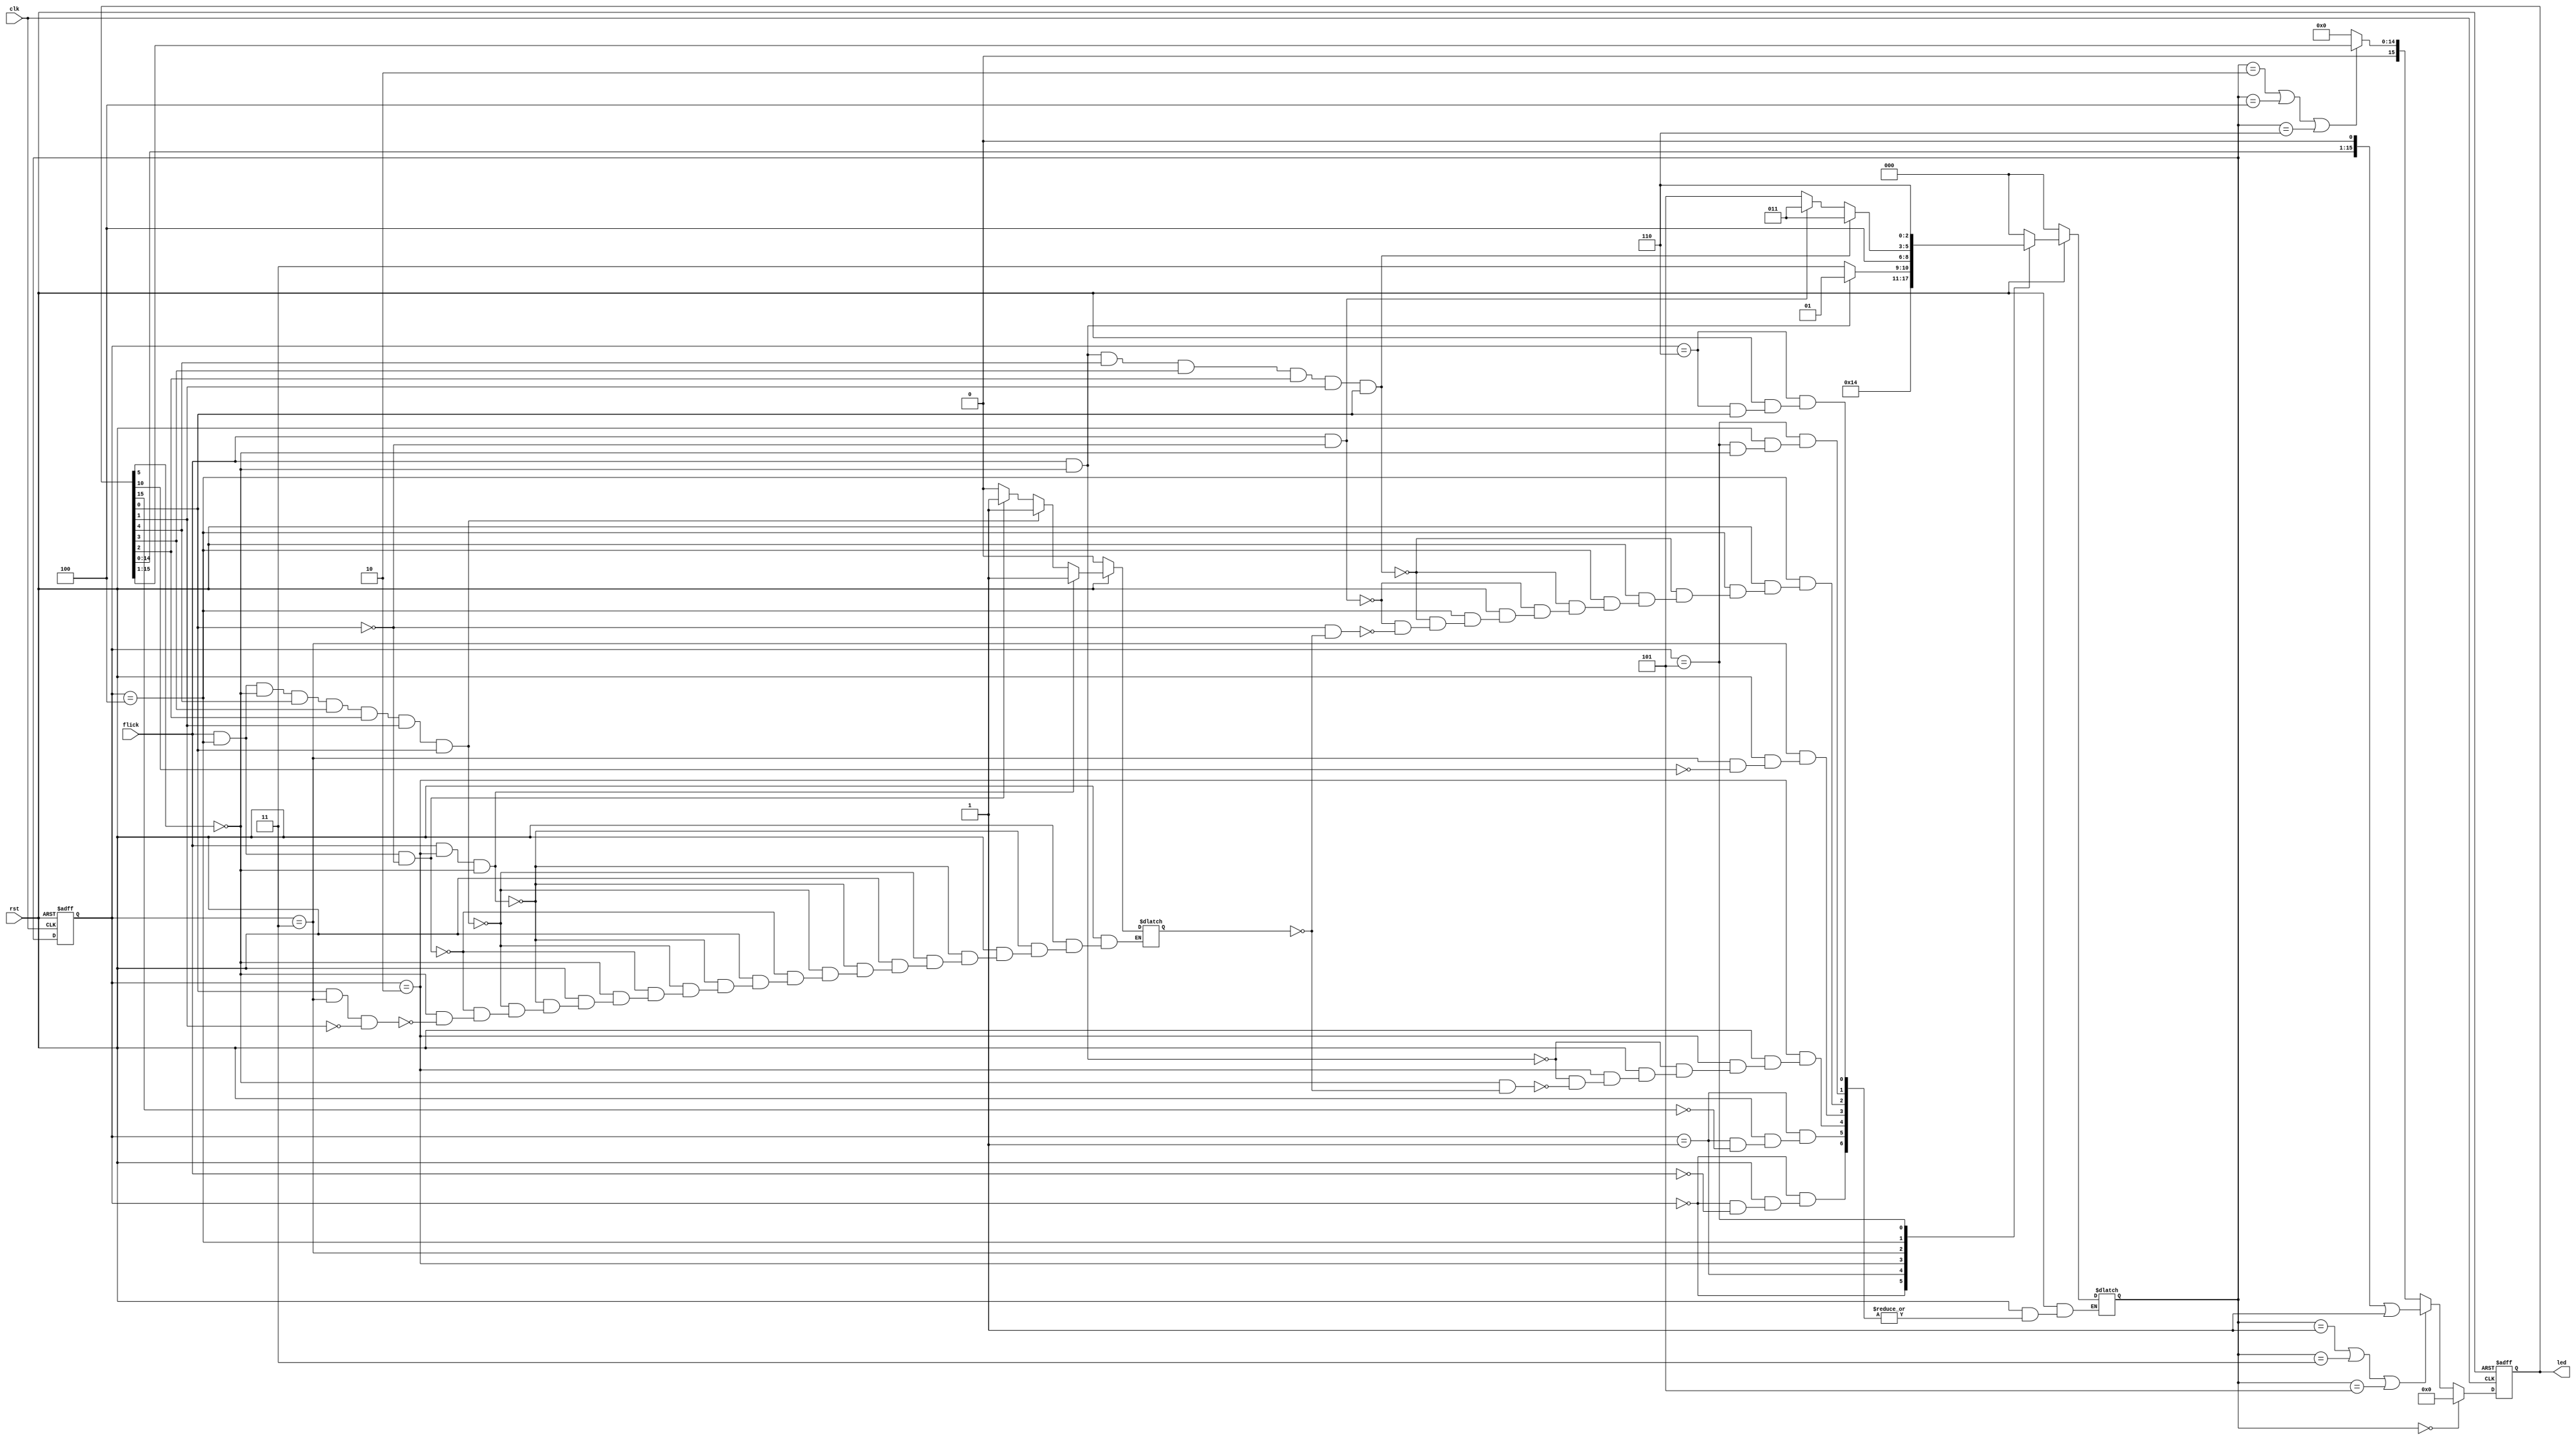
module boundFlasher (flick, clk, rst, led);
  input wire flick;
  input wire clk;
  input wire rst;
  output reg [15:0] led;
  
  reg [2:0] state;
  reg [2:0] stateR;
  reg [15:0] ledTemp;
  
  reg flickFlag;
  
  always @(posedge clk or negedge rst) begin
    if (rst == 1'b0) begin
      led <= 16'b0;
    end
    else begin
      led <= ledTemp;
    end
  end
  
  always @(state or led) begin
    if (state == 3'b000) begin
      ledTemp = 16'b0;
    end
    else if (state == 3'b001 || state == 3'b011 || state == 3'b101) begin
      ledTemp = (led << 1) | 1;
    end
    else if (state == 3'b010 || state == 3'b100 || state == 3'b110) begin
      ledTemp = led >> 1;
    end
    else begin
      ledTemp = 16'b0;
    end
  end
  
  always @(posedge clk or negedge rst) begin
    if (rst == 1'b0) begin
      stateR <= 3'b000;
    end
    else begin
      stateR <= state;
    end
  end
  
  always @(flick or stateR or led or rst) begin
    if (rst == 1'b0) begin
      state = 3'b000;
    end
    else begin
    case (stateR)
      3'b000: begin
        if (flick == 1) begin
          state = 3'b001;
        end
      end
      
      3'b001: begin
        if (led[15] == 1) begin
          state = 3'b010;
        end
      end
      
      3'b010: begin	// state 2
        if (flick == 1 && led[5] == 0) begin
          state = 3'b001;
        end
        else if (led[5] == 0 && flickFlag == 0) begin
          state = 3'b011;
        end
      end
      
      3'b011: begin
        if (led[10] == 1) begin
          state = 3'b100;
        end
      end
      
      3'b100: begin	// state 4
        if (flick == 1 && led[5] == 0 && led[4] == 1 && led[3] == 1 && led[2] == 1 && led[1] == 1 && led[0] == 1) begin
          state = 3'b011;
        end
        else if (flick == 1 && led[0] == 0) begin
          state = 3'b011;
        end  
        else if (led[0] == 0 && flickFlag == 0) begin
          state = 3'b101;
        end
      end
      
      3'b101: begin
        if (led[5] == 1) begin
          state = 3'b110;
        end
      end
      
      3'b110: begin
        if (led[0] == 0) begin
          state = 3'b000;
        end
      end
      
      default: state = 3'b000;
    endcase
    end
  end
  
  always @(flick or rst or stateR or led) begin
    if (rst == 1'b0) begin
      flickFlag = 1'b0;
    end
    else if (flick == 1'b1 && stateR == 3'b010 && led[5] == 0) begin
      flickFlag = 1'b1;
    end
    else if (flick == 1'b1 && stateR == 3'b100 && led[5] == 0 && led[4] == 1 && led[3] == 1 && led[2] == 1 && led[1] == 1 && led[0] == 1) begin
      flickFlag = 1'b1;
    end    
    else if (flick == 1'b1 && stateR == 3'b100 && led[0] == 0) begin
      flickFlag = 1'b1;
    end 
    else if (led[5] == 1) begin
      flickFlag = 1'b0;
    end
    else if (led[0] == 1 && stateR == 3'b011 && led[1] == 0) begin
      flickFlag = 1'b0;
    end
  end

endmodule